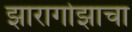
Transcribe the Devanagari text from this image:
झारागोझाचा